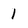
Character: 1